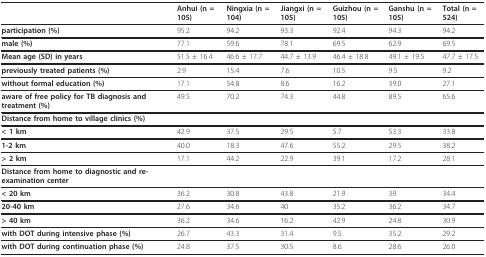
<table><thead><tr><td></td><td><b>Anhui (n = 105)</b></td><td><b>Ningxia (n = 104)</b></td><td><b>Jiangxi (n = 105)</b></td><td><b>Guizhou (n = 105)</b></td><td><b>Ganshu (n = 105)</b></td><td><b>Total (n = 524)</b></td></tr></thead><tbody><tr><td><b>participation (%)</b></td><td>95.2</td><td>94.2</td><td>93.3</td><td>92.4</td><td>94.3</td><td>94.2</td></tr><tr><td><b>male (%)</b></td><td>77.1</td><td>59.6</td><td>78.1</td><td>69.5</td><td>62.9</td><td>69.5</td></tr><tr><td><b>Mean age (SD) in years</b></td><td>51.5 ± 16.4</td><td>46.6 ± 17.7</td><td>44.7 ± 13.9</td><td>46.4 ± 18.8</td><td>49.1 ± 19.5</td><td>47.7 ± 17.5</td></tr><tr><td><b>previously treated patients (%)</b></td><td>2.9</td><td>15.4</td><td>7.6</td><td>10.5</td><td>9.5</td><td>9.2</td></tr><tr><td><b>without formal education (%)</b></td><td>17.1</td><td>54.8</td><td>8.6</td><td>16.2</td><td>39.0</td><td>27.1</td></tr><tr><td><b>aware of free policy for TB diagnosis and treatment (%)</b></td><td>49.5</td><td>70.2</td><td>74.3</td><td>44.8</td><td>89.5</td><td>65.6</td></tr><tr><td><b>Distance from home to village clinics (%)</b></td><td></td><td></td><td></td><td></td><td></td><td></td></tr><tr><td><b>&lt; 1 km</b></td><td>42.9</td><td>37.5</td><td>29.5</td><td>5.7</td><td>53.3</td><td>33.8</td></tr><tr><td><b>1-2 km</b></td><td>40.0</td><td>18.3</td><td>47.6</td><td>55.2</td><td>29.5</td><td>38.2</td></tr><tr><td><b>&gt; 2 km</b></td><td>17.1</td><td>44.2</td><td>22.9</td><td>39.1</td><td>17.2</td><td>28.1</td></tr><tr><td><b>Distance from home to diagnostic and re-examination center</b></td><td></td><td></td><td></td><td></td><td></td><td></td></tr><tr><td><b>&lt; 20 km</b></td><td>36.2</td><td>30.8</td><td>43.8</td><td>21.9</td><td>39</td><td>34.4</td></tr><tr><td><b>20-40 km</b></td><td>27.6</td><td>34.6</td><td>40</td><td>35.2</td><td>36.2</td><td>34.7</td></tr><tr><td><b>&gt; 40 km</b></td><td>36.2</td><td>34.6</td><td>16.2</td><td>42.9</td><td>24.8</td><td>30.9</td></tr><tr><td><b>with DOT during intensive phase (%)</b></td><td>26.7</td><td>43.3</td><td>31.4</td><td>9.5</td><td>35.2</td><td>29.2</td></tr><tr><td><b>with DOT during continuation phase (%)</b></td><td>24.8</td><td>37.5</td><td>30.5</td><td>8.6</td><td>28.6</td><td>26.0</td></tr></tbody></table>